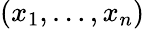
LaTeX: (x_{1},\ldots,x_{n})